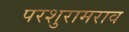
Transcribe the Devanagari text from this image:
परशुरामराव